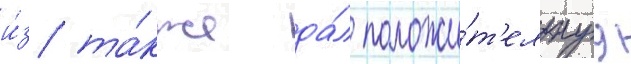
и́з та́кже да́л положи́т'ельнуу